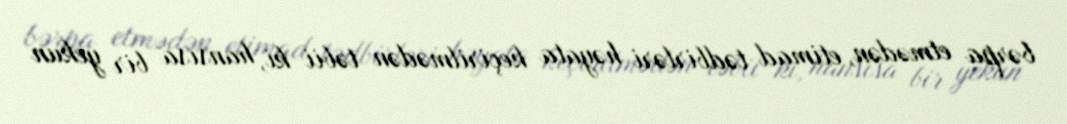
bərpa etmədən, etimad tədbirləri həyata keçirilmədən təbii ki, hansısa bir yekun